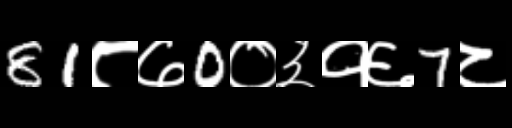
Text: 81८७0०३१६7८